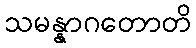
သမန္နာဂတောတိ